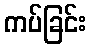
ကပ်ခြင်း